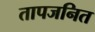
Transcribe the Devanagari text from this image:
तापजनित